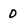
Character: 0